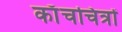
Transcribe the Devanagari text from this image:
काँचचित्रों